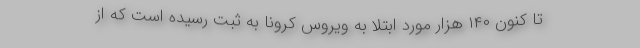
تا کنون ۱۴۰ هزار مورد ابتلا به ویروس کرونا به ثبت رسیده است که از